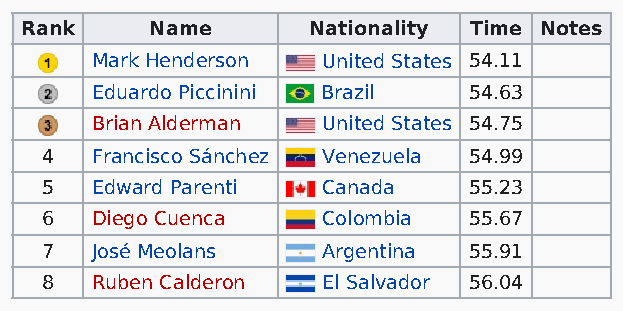
Rank     Name      Nationality Time Notes
 Mark Henderson United States 54.11
 Eduardo Piccinini Brazil 54.63
 Brian Alderman United States 54.75
 4  Francisco Sánchez Venezuela 54.99
 5  Edward Parenti Canada    55.23
 6  Diego Cuenca   Colombia  55.67
 7  José Meolans   Argentina 55.91
 8  Ruben Calderon El Salvador 56.04